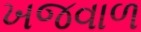
ખજવાળ